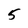
Character: 5